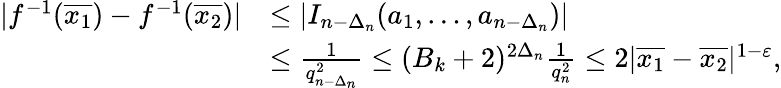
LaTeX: \begin{array}{rl}{|f^{-1}(\overline{{x_{1}}})-f^{-1}(\overline{{x_{2}}})|}&{\leq|I_{n-\Delta_{n}}(a_{1},\ldots,a_{n-\Delta_{n}})|}\\ &{\leq\frac{1}{q_{n-\Delta_{n}}^{2}}\leq(B_{k}+2)^{2\Delta_{n}}\frac{1}{q_{n}^{2}}\leq 2|\overline{{x_{1}}}-\overline{{x_{2}}}|^{1-\varepsilon},}\end{array}